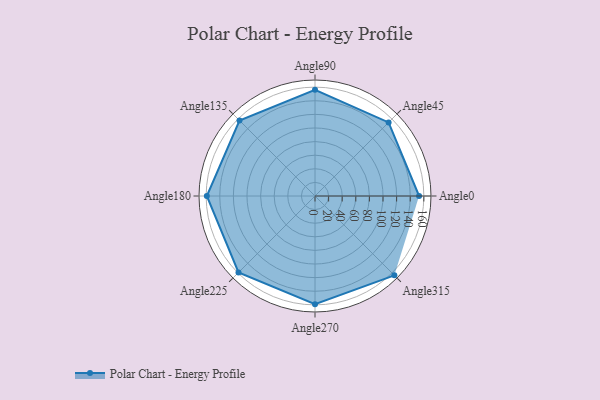
{"axis": {"x": "Angle", "y": "Radius"}, "legend": [""], "data": [{"x": "Angle0", "y": 153.0, "type": ""}, {"x": "Angle45", "y": 153.0, "type": ""}, {"x": "Angle90", "y": 156.0, "type": ""}, {"x": "Angle135", "y": 157.0, "type": ""}, {"x": "Angle180", "y": 159.0, "type": ""}, {"x": "Angle225", "y": 159.0, "type": ""}, {"x": "Angle270", "y": 159.0, "type": ""}, {"x": "Angle315", "y": 165.0, "type": ""}]}